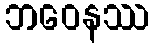
ဘဝေနဿ